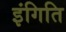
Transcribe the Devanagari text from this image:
इंगिति